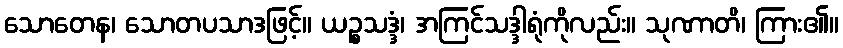
သောတေန၊ သောတပသာဒဖြင့်။ ယဉ္စသဒ္ဒံ၊ အကြင်သဒ္ဒါရုံကိုလည်း။ သုဏာတိ၊ ကြား၏။